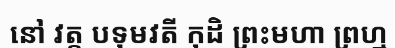
នៅ វត្ត បទុមវតី កុដិ ព្រះមហា ព្រហ្ម